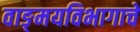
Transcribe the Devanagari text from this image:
वाङ्‌मयविभागाचे